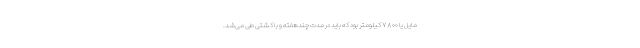
مایل یا ۷۸۰۰ کیلومتر بود که باید در مدت چندهفته و با کشتی طی می‌شد.